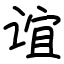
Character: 谊